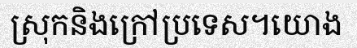
ស្រុកនិងក្រៅប្រទេស។យោង